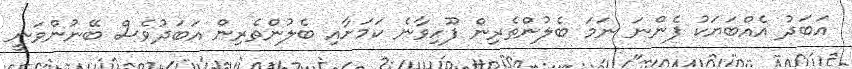
އަބަދު އެއްބަޔަކު ފެންނަ ނަމަ ބެލުންތެރިން ފޫހިވާނެ ކަމަށާއި ބެލުންތެރިން އަބަދުވެސް ބޭނުންވަނީ